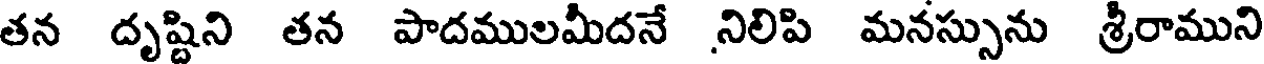
తన దృష్టిని తన పాదములమీదనే నిలిపి మనస్సును శ్రీరాముని